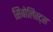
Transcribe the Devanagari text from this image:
सिबोलिस्ट्स